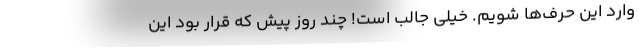
وارد این حرف‌ها شویم. خیلی جالب است! چند روز پیش که قرار بود این